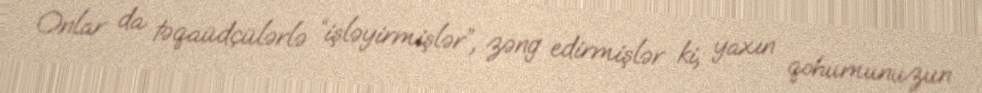
Onlar da təqaüdçülərlə “işləyirmişlər”, zəng edirmişlər ki, yaxın qohumunuzun